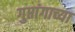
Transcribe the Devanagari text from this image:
गुप्तांगाच्या